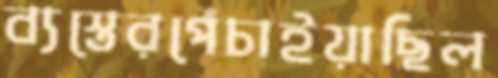
ব্যস্তেরপেঁচাইয়াছিল